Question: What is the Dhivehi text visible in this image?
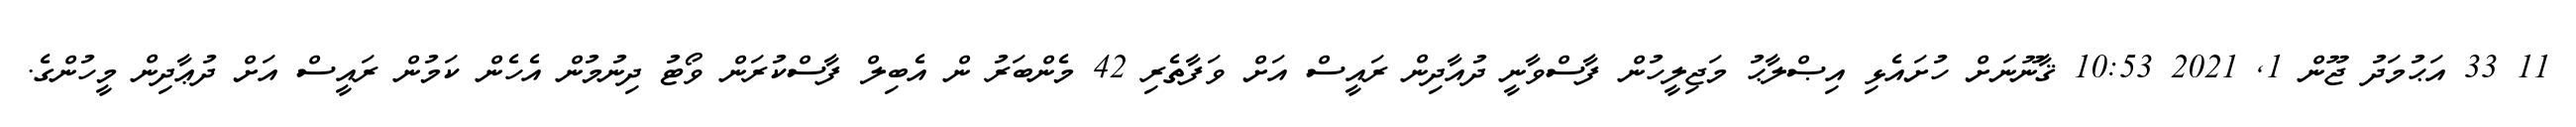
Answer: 11 33 އަޙުމަދު ޖޫން 1, 2021 10:53 ޤާނޫނަށް ހުށައެޅި އިޞްލާޙު މަޖިލީހުން ފާސްވާނީ ދުއާދިން ރައީސް އަށް ވަފާތެރި 42 މެންބަރު ން އެބިލް ފާސްކުރަން ވޯޓު ދިނުމުން އެހެން ކަމުން ރައީސް އަށް ދުޢާދިން މީހުންގެ.